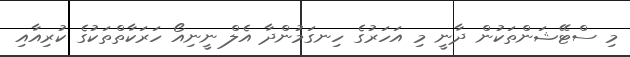
މި ސްޓޭޝަންތަކުން ދާނީ މި އަހަރުގެ ހިނގަމުންދާ އެލް ނީނިއޯ ހަރަކާތްތަކުގެ ކުރިއާއި